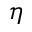
\eta